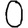
Digit: 0